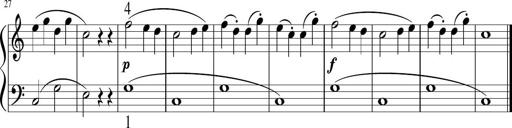
Title: 6 Instructive Sonatinas
Composer: Jacob Schmitt